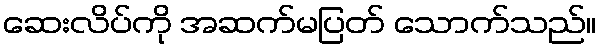
ဆေးလိပ်ကို အဆက်မပြတ် သောက်သည်။